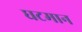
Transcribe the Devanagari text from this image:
घटमान